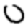
Digit: 0